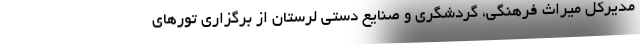
مدیرکل میراث فرهنگی، گردشگری و صنایع دستی لرستان از برگزاری تورهای